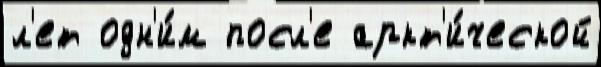
л'ет одн'и́м посл'е аркт'и́ческой